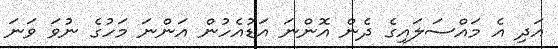
އަދި އެ މައްސަލައިގެ ދެން އޮންނަ އަޑުއެހުން އަންނަ މަހުގެ ނުވަ ވަނަ